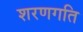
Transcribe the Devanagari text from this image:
शरणगति